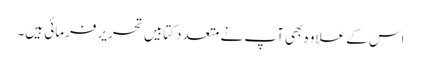
اس کے علاوہ بھی آپ نے متعدد کتابیں تحریر فرمائی ہیں۔